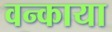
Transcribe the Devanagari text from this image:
वन्काया